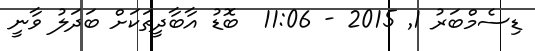
ޑިސެމްބަރު 1